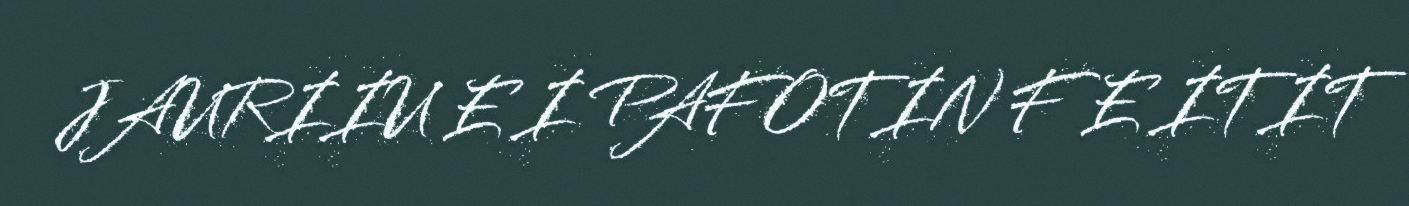
JAURIIU E I PAFOTIN F E ITIT